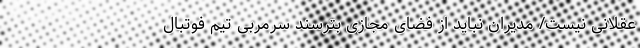
عقلانی نیست/ مدیران نباید از فضای مجازی بترسند سرمربی تیم فوتبال